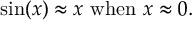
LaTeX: \sin ( x ) \approx x { \mathrm { ~ w h e n ~ } } x \approx 0 .